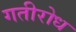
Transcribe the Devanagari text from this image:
गतीरोध